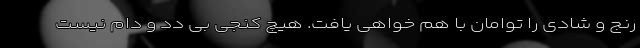
رنج و شادی را توامان با هم خواهی یافت. هیچ کُنجی بی دد و دام نیست